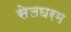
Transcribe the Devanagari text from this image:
सेलघरम